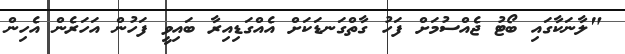
"ލާނަކާގައި ބޯޓު ޖެއްސުމަށް ފަހު ގާތްގަނޑަކަށް އެއްގަޑިއިރާ ބައިވީ ފަހުން އަހަރެން އެހިން